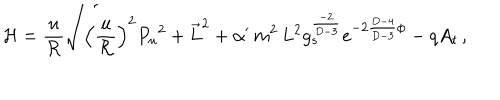
{ \cal H } = { \frac { u } { \cal R } } \sqrt { \left( { \frac { u } { \cal R } } \right) ^ { 2 } { P _ { u } } ^ { 2 } + \vec { L } ^ { 2 } + \alpha ^ { \prime } \, m ^ { 2 } \, L ^ { 2 } g _ { s } ^ { \frac { - 2 } { D - 3 } } e ^ { - 2 { \frac { D - 4 } { D - 3 } } \phi } } - q A _ { t } \, ,